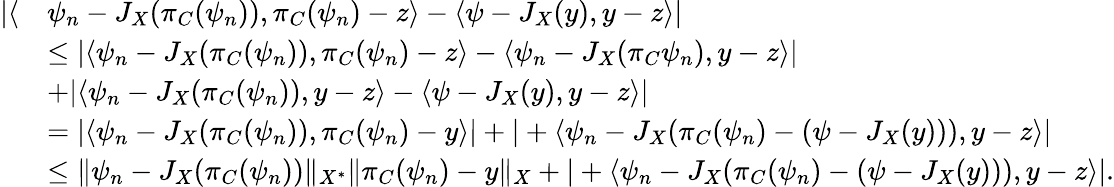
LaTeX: \begin{array}{rl}{|\langle}&{\psi_{n}-J_{X}(\pi_{C}(\psi_{n})),\pi_{C}(\psi_{n})-z\rangle-\langle\psi-J_{X}(y),y-z\rangle|}\\ &{\leq|\langle\psi_{n}-J_{X}(\pi_{C}(\psi_{n})),\pi_{C}(\psi_{n})-z\rangle-\langle\psi_{n}-J_{X}(\pi_{C}\psi_{n}),y-z\rangle|}\\ &{+|\langle\psi_{n}-J_{X}(\pi_{C}(\psi_{n})),y-z\rangle-\langle\psi-J_{X}(y),y-z\rangle|}\\ &{=|\langle\psi_{n}-J_{X}(\pi_{C}(\psi_{n})),\pi_{C}(\psi_{n})-y\rangle|+|+\langle\psi_{n}-J_{X}(\pi_{C}(\psi_{n})-(\psi-J_{X}(y))),y-z\rangle|}\\ &{\leq\| \psi_{n}-J_{X}(\pi_{C}(\psi_{n}))\| _{X^{*}}\| \pi_{C}(\psi_{n})-y\| _{X}+|+\langle\psi_{n}-J_{X}(\pi_{C}(\psi_{n})-(\psi-J_{X}(y))),y-z\rangle|.}\end{array}